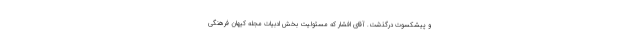
و پیشکسوت درگذشت. آقای افشار که مسئولیت بخش ادبیات مجله کیهان فرهنگی